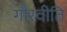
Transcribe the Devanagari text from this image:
गौरवीति